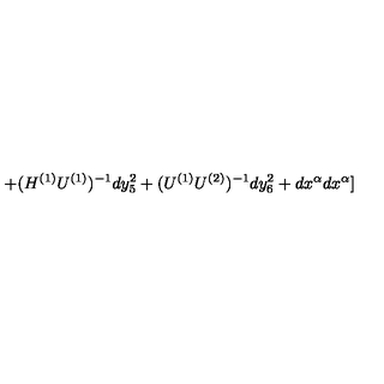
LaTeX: + ( H ^ { ( 1 ) } U ^ { ( 1 ) } ) ^ { - 1 } d y _ { 5 } ^ { 2 } + ( U ^ { ( 1 ) } U ^ { ( 2 ) } ) ^ { - 1 } d y _ { 6 } ^ { 2 } + d x ^ { \alpha } d x ^ { \alpha } ]